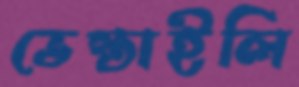
ভেস্তাইলি